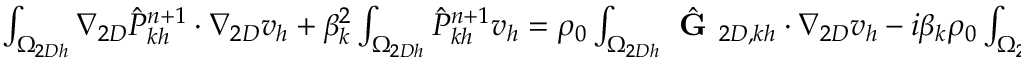
\begin{array} { r l } { \small } & { { } \int _ { \Omega _ { 2 D h } } \nabla _ { 2 D } \hat { P } _ { k h } ^ { n + 1 } \cdot \nabla _ { 2 D } v _ { h } + \beta _ { k } ^ { 2 } \int _ { \Omega _ { 2 D h } } \hat { P } _ { k h } ^ { n + 1 } v _ { h } = \rho _ { 0 } \int _ { \Omega _ { 2 D h } } \hat { \textbf { G } } _ { 2 D , k h } \cdot \nabla _ { 2 D } v _ { h } - i \beta _ { k } \rho _ { 0 } \int _ { \Omega _ { 2 D h } } \hat { G } _ { z , k h } v _ { h } } \end{array}